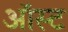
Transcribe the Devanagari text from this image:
ऑस्ट